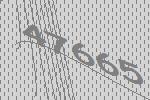
47665